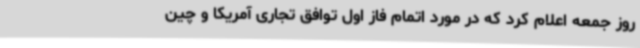
روز جمعه اعلام کرد که در مورد اتمام فاز اول توافق تجاری آمریکا و چین